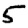
Digit: 5